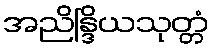
အညိန္ဒြိယသုတ္တံ